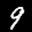
Label: 9